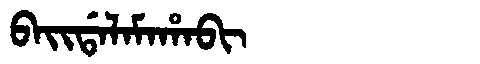
Manchu: ᠪᠠᡳᡩᠠᠯᠠᠮᠠᡥᠠᠪᡳ
Romanization: BAIDALAMAHABI